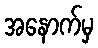
အနောက်မှ